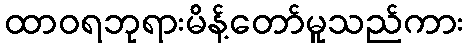
ထာဝရဘုရားမိန့်တော်မူသည်ကား